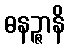
ဓနဉ္ဇာနိ